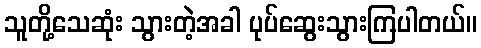
သူတို့သေဆုံး သွားတဲ့အခါ ပုပ်ဆွေးသွားကြပါတယ်။